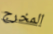
المخرج